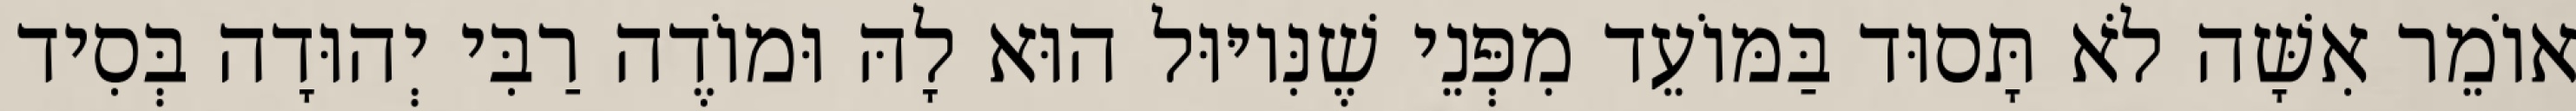
אוֹמֵר אִשָּׁה לֹא תָּסוּד בַּמּוֹעֵד מִפְּנֵי שֶׁנִּיוּוּל הוּא לָהּ וּמוֹדֶה רַבִּי יְהוּדָה בְּסִיד